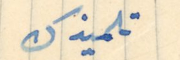
تلميذك